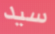
سيد